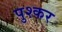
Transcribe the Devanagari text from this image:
पुश्कर